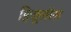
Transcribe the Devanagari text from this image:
हिजूलॉस